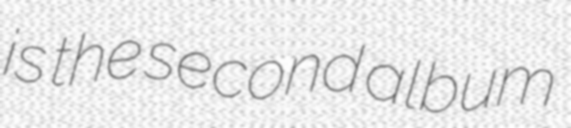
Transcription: is the second album